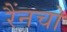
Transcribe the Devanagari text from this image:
रैंनचो